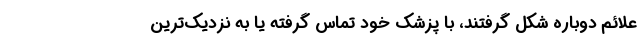
علائم دوباره شکل گرفتند، با پزشک خود تماس گرفته یا به نزدیک‌ترین